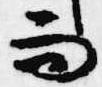
而